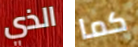
الذي كما